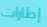
إطارات